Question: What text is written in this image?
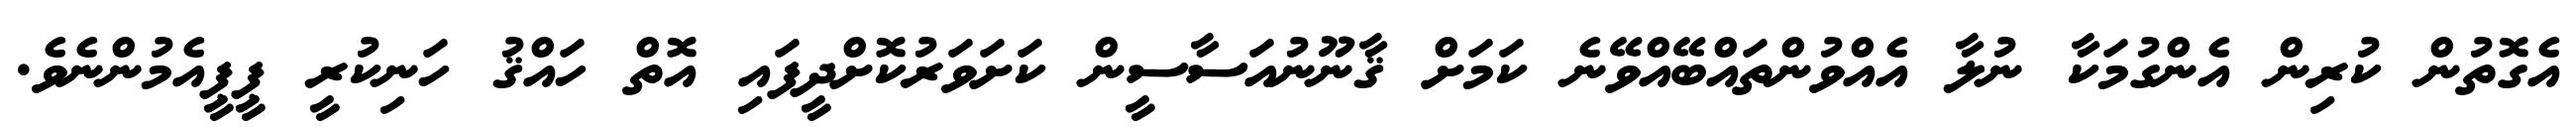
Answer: އެގޮތުން ކުރިން އެންގުމަކާ ނުލާ އެއްވުންތައްބޭއްވޭނެ ކަމަށް ޤާނޫނުއަސާސީން ކަށަވަރުކޮށްދީފައި އޮތް ހައްޤު ހަނިކުރީ ޕީޕީއެމުންނެވެ.